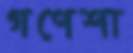
গণেশা